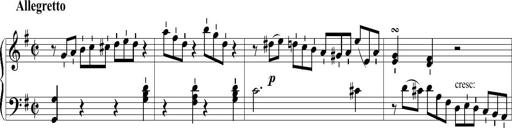
Title: 6 Leichte Sonatinen, Teil 1
Composer: F. Sigismund Sander